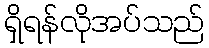
ရှိရန်လိုအပ်သည်